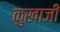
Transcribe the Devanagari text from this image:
कुखाजी